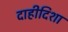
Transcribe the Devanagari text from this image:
दाहीदिशा